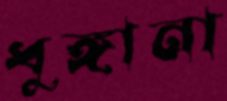
ধুঙ্গানা